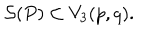
LaTeX: { \cal S } ( P ) \subset V _ { 3 } ( p , q ) .